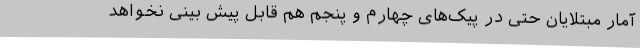
آمار مبتلایان حتی در پیک‌های چهارم و پنجم هم قابل پیش بینی نخواهد